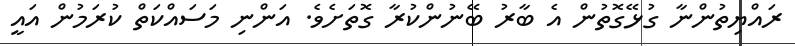
ރައްޔިތުންނާ ގުޅޭގޮތުން އެ ބާރު ބޭނުންކުރާ ގޮތަށެވެ. އަންނި މަސައްކަތް ކުރަމުން އައީ